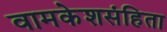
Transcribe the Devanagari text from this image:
वामकेशसंहिता